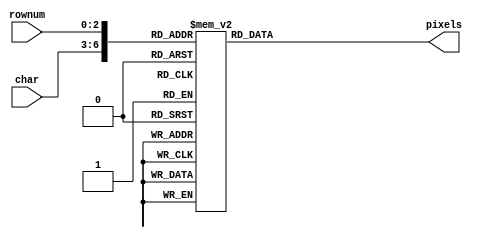
`timescale 1ns / 1ps
//////////////////////////////////////////////////////////////////////////////////
// Company: 
// Engineer: 
// 
// Character generator holding 8x8 character images.
// Input char is a 4-bit character number representing:
// 0, 1, 2, 3, 4, 5, 6, 7, 8, 9, B, F, i, z, <blank>
// Input rownum is the desired row of the pixel image
// Output pixels is the 8 pixel row, pixels[7] is leftmost.
// Original font from https://github.com/dhepper/font8x8/blob/master/font8x8_basic.h
module chars(
    input [3:0] char,
    input [2:0] rownum,
    output reg [7:0] pixels
    );

always @(*)
  case ({char, rownum})
    7'b0000000: pixels = 8'b01111100; //  XXXXX  
    7'b0000001: pixels = 8'b11000110; // XX   XX 
    7'b0000010: pixels = 8'b11001110; // XX  XXX 
    7'b0000011: pixels = 8'b11011110; // XX XXXX 
    7'b0000100: pixels = 8'b11110110; // XXXX XX 
    7'b0000101: pixels = 8'b11100110; // XXX  XX 
    7'b0000110: pixels = 8'b01111100; //  XXXXX  
    7'b0000111: pixels = 8'b00000000; //         

    7'b0001000: pixels = 8'b00110000; //   XX    
    7'b0001001: pixels = 8'b01110000; //  XXX    
    7'b0001010: pixels = 8'b00110000; //   XX    
    7'b0001011: pixels = 8'b00110000; //   XX    
    7'b0001100: pixels = 8'b00110000; //   XX    
    7'b0001101: pixels = 8'b00110000; //   XX    
    7'b0001110: pixels = 8'b11111100; // XXXXXX  
    7'b0001111: pixels = 8'b00000000; //         

    7'b0010000: pixels = 8'b01111000; //  XXXX   
    7'b0010001: pixels = 8'b11001100; // XX  XX  
    7'b0010010: pixels = 8'b00001100; //     XX  
    7'b0010011: pixels = 8'b00111000; //   XXX   
    7'b0010100: pixels = 8'b01100000; //  XX     
    7'b0010101: pixels = 8'b11001100; // XX  XX  
    7'b0010110: pixels = 8'b11111100; // XXXXXX  
    7'b0010111: pixels = 8'b00000000; //         

    7'b0011000: pixels = 8'b01111000; //  XXXX   
    7'b0011001: pixels = 8'b11001100; // XX  XX  
    7'b0011010: pixels = 8'b00001100; //     XX  
    7'b0011011: pixels = 8'b00111000; //   XXX   
    7'b0011100: pixels = 8'b00001100; //     XX  
    7'b0011101: pixels = 8'b11001100; // XX  XX  
    7'b0011110: pixels = 8'b01111000; //  XXXX   
    7'b0011111: pixels = 8'b00000000; //         

    7'b0100000: pixels = 8'b00011100; //    XXX  
    7'b0100001: pixels = 8'b00111100; //   XXXX  
    7'b0100010: pixels = 8'b01101100; //  XX XX  
    7'b0100011: pixels = 8'b11001100; // XX  XX  
    7'b0100100: pixels = 8'b11111110; // XXXXXXX 
    7'b0100101: pixels = 8'b00001100; //     XX  
    7'b0100110: pixels = 8'b00011110; //    XXXX 
    7'b0100111: pixels = 8'b00000000; //         

    7'b0101000: pixels = 8'b11111100; // XXXXXX  
    7'b0101001: pixels = 8'b11000000; // XX      
    7'b0101010: pixels = 8'b11111000; // XXXXX   
    7'b0101011: pixels = 8'b00001100; //     XX  
    7'b0101100: pixels = 8'b00001100; //     XX  
    7'b0101101: pixels = 8'b11001100; // XX  XX  
    7'b0101110: pixels = 8'b01111000; //  XXXX   
    7'b0101111: pixels = 8'b00000000; //         

    7'b0110000: pixels = 8'b00111000; //   XXX   
    7'b0110001: pixels = 8'b01100000; //  XX     
    7'b0110010: pixels = 8'b11000000; // XX      
    7'b0110011: pixels = 8'b11111000; // XXXXX   
    7'b0110100: pixels = 8'b11001100; // XX  XX  
    7'b0110101: pixels = 8'b11001100; // XX  XX  
    7'b0110110: pixels = 8'b01111000; //  XXXX   
    7'b0110111: pixels = 8'b00000000; //         

    7'b0111000: pixels = 8'b11111100; // XXXXXX  
    7'b0111001: pixels = 8'b11001100; // XX  XX  
    7'b0111010: pixels = 8'b00001100; //     XX  
    7'b0111011: pixels = 8'b00011000; //    XX   
    7'b0111100: pixels = 8'b00110000; //   XX    
    7'b0111101: pixels = 8'b00110000; //   XX    
    7'b0111110: pixels = 8'b00110000; //   XX    
    7'b0111111: pixels = 8'b00000000; //         

    7'b1000000: pixels = 8'b01111000; //  XXXX   
    7'b1000001: pixels = 8'b11001100; // XX  XX  
    7'b1000010: pixels = 8'b11001100; // XX  XX  
    7'b1000011: pixels = 8'b01111000; //  XXXX   
    7'b1000100: pixels = 8'b11001100; // XX  XX  
    7'b1000101: pixels = 8'b11001100; // XX  XX  
    7'b1000110: pixels = 8'b01111000; //  XXXX   
    7'b1000111: pixels = 8'b00000000; //         

    7'b1001000: pixels = 8'b01111000; //  XXXX   
    7'b1001001: pixels = 8'b11001100; // XX  XX  
    7'b1001010: pixels = 8'b11001100; // XX  XX  
    7'b1001011: pixels = 8'b01111100; //  XXXXX  
    7'b1001100: pixels = 8'b00001100; //     XX  
    7'b1001101: pixels = 8'b00011000; //    XX   
    7'b1001110: pixels = 8'b01110000; //  XXX    
    7'b1001111: pixels = 8'b00000000; //         

    7'b1010000: pixels = 8'b11111100; // XXXXXX  
    7'b1010001: pixels = 8'b01100110; //  XX  XX 
    7'b1010010: pixels = 8'b01100110; //  XX  XX 
    7'b1010011: pixels = 8'b01111100; //  XXXXX  
    7'b1010100: pixels = 8'b01100110; //  XX  XX 
    7'b1010101: pixels = 8'b01100110; //  XX  XX 
    7'b1010110: pixels = 8'b11111100; // XXXXXX  
    7'b1010111: pixels = 8'b00000000; //         

    7'b1011000: pixels = 8'b11111110; // XXXXXXX 
    7'b1011001: pixels = 8'b01100010; //  XX   X 
    7'b1011010: pixels = 8'b01101000; //  XX X   
    7'b1011011: pixels = 8'b01111000; //  XXXX   
    7'b1011100: pixels = 8'b01101000; //  XX X   
    7'b1011101: pixels = 8'b01100000; //  XX     
    7'b1011110: pixels = 8'b11110000; // XXXX    
    7'b1011111: pixels = 8'b00000000; //         

    7'b1100000: pixels = 8'b00110000; //   XX
    7'b1100001: pixels = 8'b00000000; //
    7'b1100010: pixels = 8'b01110000; //  XXX
    7'b1100011: pixels = 8'b00110000; //   XX
    7'b1100100: pixels = 8'b00110000; //   XX
    7'b1100101: pixels = 8'b00110000; //   XX
    7'b1100110: pixels = 8'b01111000; //  XXXX
    7'b1100111: pixels = 8'b00000000; //

    7'b1101000: pixels = 8'b00000000; //
    7'b1101001: pixels = 8'b00000000; //
    7'b1101010: pixels = 8'b11001100; // XX  XX
    7'b1101011: pixels = 8'b11001100; // XX  XX
    7'b1101100: pixels = 8'b11001100; // XX  XX
    7'b1101101: pixels = 8'b11001100; // XX  XX
    7'b1101110: pixels = 8'b01110110; //  XXX XX
    7'b1101111: pixels = 8'b00000000; //

    7'b1110000: pixels = 8'b00000000; //
    7'b1110001: pixels = 8'b00000000; //
    7'b1110010: pixels = 8'b11111100; // XXXXXX
    7'b1110011: pixels = 8'b10011000; // X  XX
    7'b1110100: pixels = 8'b00110000; //   XX
    7'b1110101: pixels = 8'b01100100; //  XX  X
    7'b1110110: pixels = 8'b11111100; // XXXXXX
    7'b1110111: pixels = 8'b00000000; //
    
    default: pixels = 8'b00000000;
  endcase
endmodule